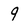
Character: 9